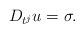
LaTeX: \begin{align*}D_{t^j}u=\sigma.\end{align*}